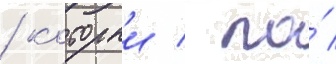
/ которыи / по́